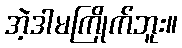
အဲ့ဒါမကြိုက်ဘူး။